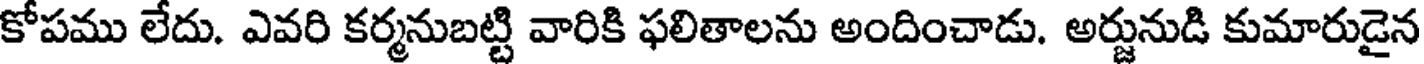
కోపము లేదు. ఎవరి కర్మనుబట్టి వారికి ఫలితాలను అందించాడు. అర్జునుడి కుమారుడైన